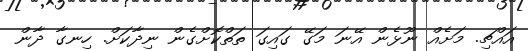
އައްޗި. މަށެއް ނޫޅެން އޭނަ މަގޭ ގައިގަ ތަތްކޮށްގެން ނިދާކަށް. ހިނގާ ދާން